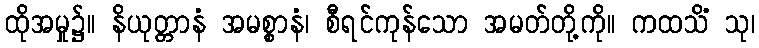
ထိုအမှု၌။ နိယုတ္တာနံ အမစ္စာနံ၊ စီရင်ကုန်သော အမတ်တို့ကို။ ကထသိံ သု၊